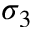
\sigma _ { 3 }